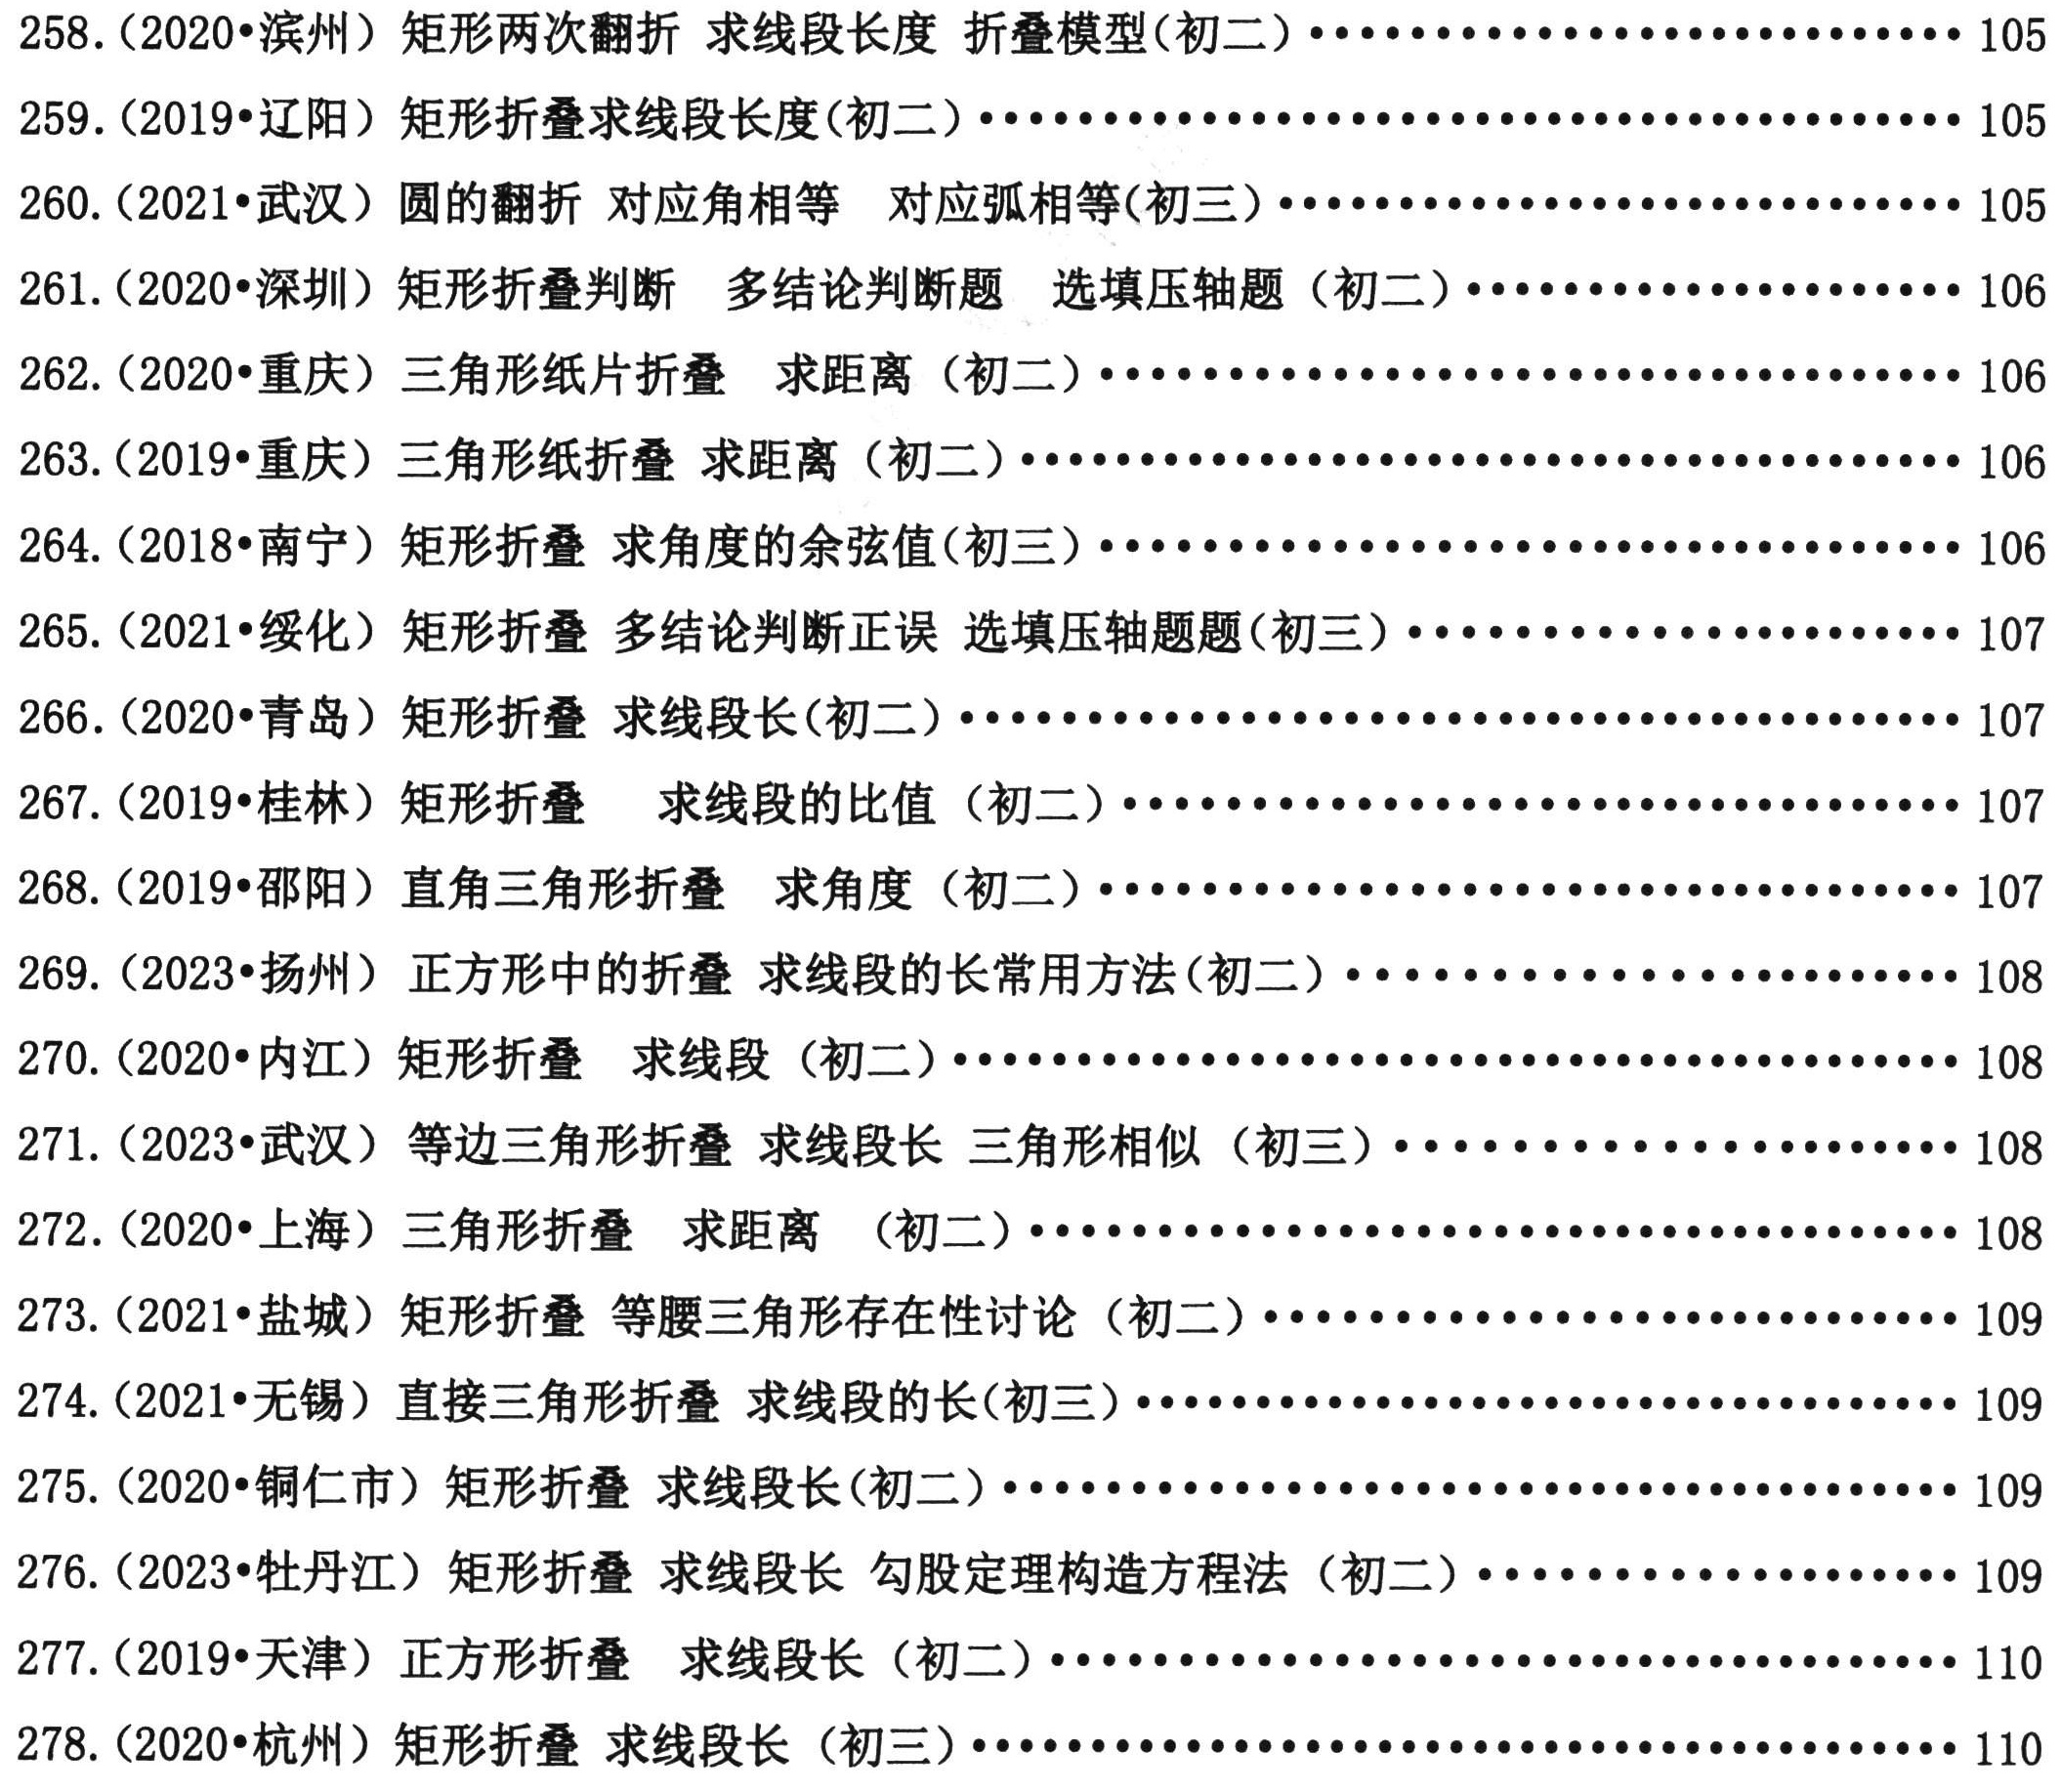
258. (2020·滨州) 矩形两次翻折 求线段长度 折叠模型(初二).............................. 105\\
259. (2019·辽阳) 矩形折叠求线段长度(初二)..................................................... 105\\
260. (2021·武汉) 圆的翻折 对应角相等 对应弧相等(初三).............................. 105\\
261. (2020·深圳) 矩形折叠判断 多结论判断题 选填压轴题(初二)..................... 106\\
262. (2020·重庆) 三角形纸片折叠 求距离 (初二)........................................... 106\\
263. (2019·重庆) 三角形纸折叠 求距离 (初二)............................................... 106\\
264. (2018·南宁) 矩形折叠 求角度的余弦值(初三)....................................... 106\\
265. (2021·绥化) 矩形折叠 多结论判断正误 选填压轴题题(初三)..................... 107\\
266. (2020·青岛) 矩形折叠 求线段长(初二)..................................................... 107\\
267. (2019·桂林) 矩形折叠 求线段的比值 (初二)........................................... 107\\
268. (2019·邵阳) 直角三角形的折叠 求角度 (初二)....................................... 107\\
269. (2023·扬州) 正方形中的折叠 求线段的长常用方法(初二)........................ 108\\
270. (2020·内江) 矩形折叠 求线段 (初二)..................................................... 108\\
271. (2023·武汉) 等边三角形折叠 求线段长 三角形相似 (初三)..................... 108\\
272. (2020·上海) 三角形折叠 求距离 (初二).................................................. 108\\
273. (2021·盐城) 矩形折叠 等腰三角形存在性讨论 (初二).............................. 109\\
274. (2021·无锡) 直接三角形折叠 求线段的长(初三)....................................... 109\\
275. (2020·铜仁市) 矩形折叠 求线段长(初二)................................................ 109\\
276. (2023·牡丹江) 矩形折叠 求线段长 勾股定理构造方程法 (初二)................ 109\\
277. (2019·天津) 正方形折叠 求线段长 (初二)............................................... 110\\
278. (2020·杭州) 矩形折叠 求线段长 (初三).................................................. 110\\